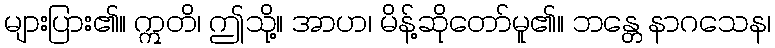
များပြား၏။ ဣတိ၊ ဤသို့။ အာဟ၊ မိန့်ဆိုတော်မူ၏။ ဘန္တေ နာဂသေန၊